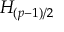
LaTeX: H _ { ( p - 1 ) / 2 }